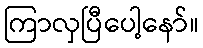
ကြာလှပြီပေါ့နော်။